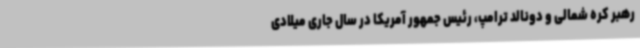
رهبر کره شمالی و دونالد ترامپ، رئیس جمهور آمریکا در سال جاری میلادی